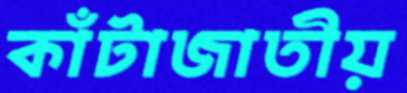
কাঁটাজাতীয়